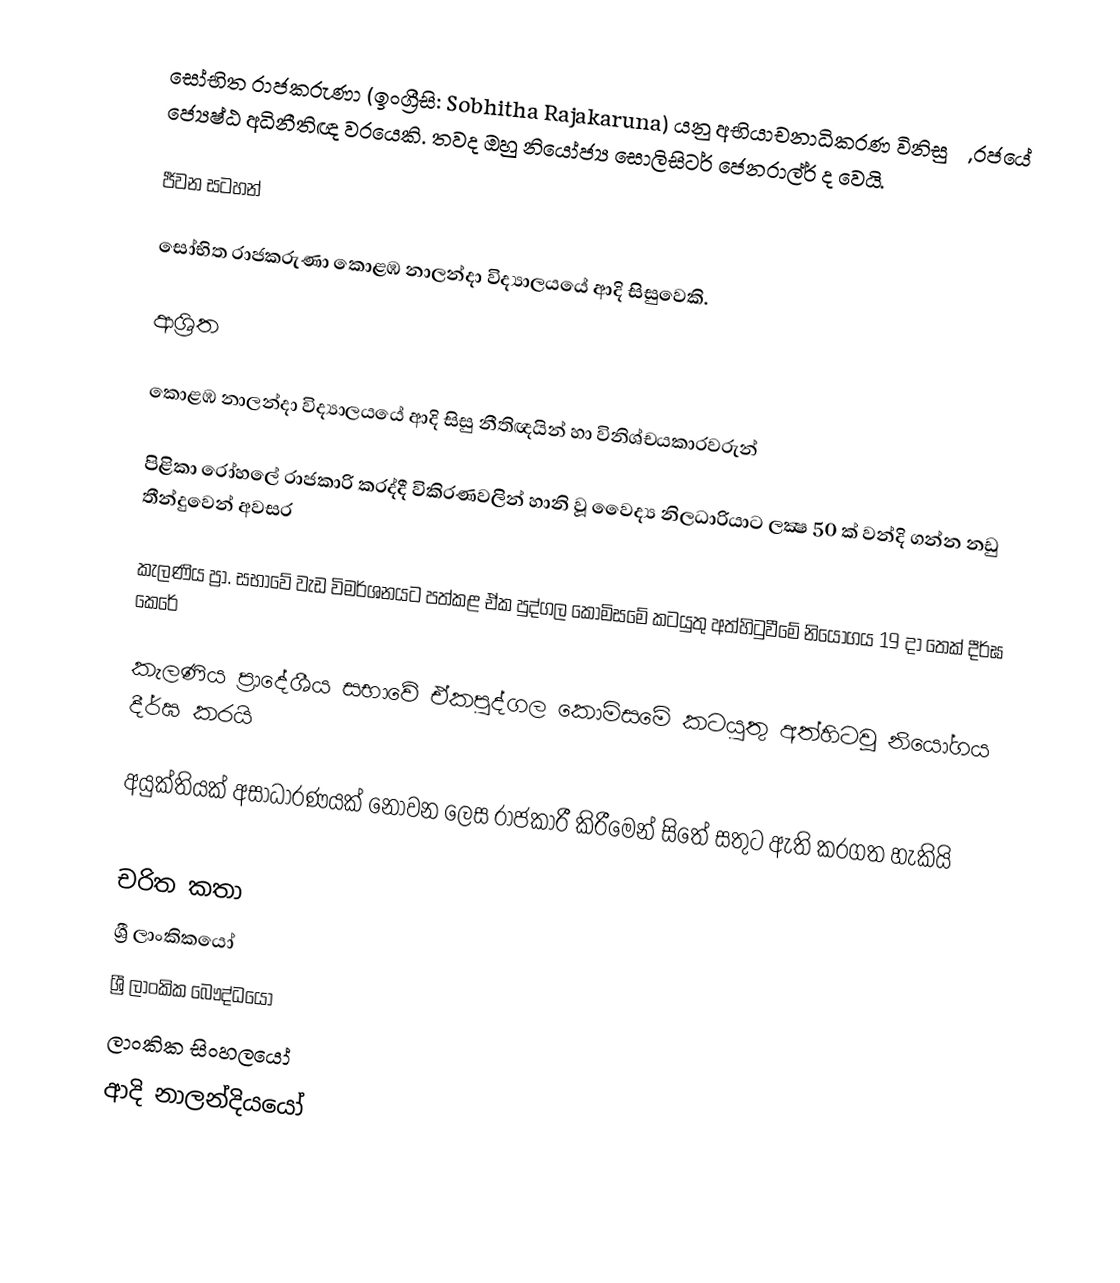
සෝභිත රාජකරුණා (ඉංග්‍රීසි: Sobhitha Rajakaruna) යනු අභියාචනාධිකරණ විනිසුරු,  රජයේ ජ්‍යෙෂ්ඨ අධිනීතිඥ  වරයෙකි. තවද ඔහු නියෝජ්‍ය සොලිසිටර් ජෙනරාල්ර් ද වෙයි.

ජීවන සටහන්

සෝභිත රාජකරුණා  කොළඹ නාලන්දා විද්‍යාලයයේ ආදි සිසුවෙකි.

ආශ්‍රිත

 කොළඹ නාලන්දා විද්‍යාලයයේ ආදි සිසු නීතිඥයින් හා විනිශ්චයකාරවරුන්

 පිළිකා රෝහලේ රාජකාරි කරද්දී විකිරණවලින් හානි වූ වෛද්‍ය නිලධාරියාට ලක්‍ෂ 50 ක්‌ වන්දි ගන්න නඩු තීන්දුවෙන් අවසර

 කැලණිය ප්‍රා. සභාවේ වැඩ විමර්ශනයට පත්කළ ඒක පුද්ගල කොමිසමේ කටයුතු අත්හිටුවීමේ නියෝගය 19 දා තෙක් දීර්ඝ කෙරේ

 කැලණිය ප්‍රාදේශීය සභාවේ ඒකපුද්ගල කොමිසමේ කටයුතු අත්හිටවූ නියෝගය දීර්ඝ කරයි

 අයුක්‌තියක්‌ අසාධාරණයක්‌ නොවන ලෙස රාජකාරී කිරීමෙන් සිතේ සතුට ඇති කරගත හැකියි

චරිත කතා
ශ්‍රී ලාංකිකයෝ
ශ්‍රී ලාංකික බෞද්ධයෝ
ලාංකික සිංහලයෝ
ආදි නාලන්දියයෝ